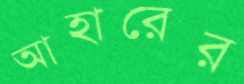
আহারের